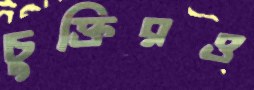
চুক্তিরও